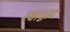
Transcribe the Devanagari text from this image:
स्वाद्वाद